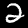
Label: 2